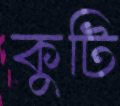
কুটি